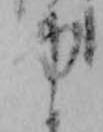
ゆ